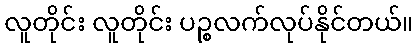
လူတိုင်း လူတိုင်း ပဉ္စလက်လုပ်နိုင်တယ်။